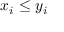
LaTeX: x _ { i } \leq y _ { i }